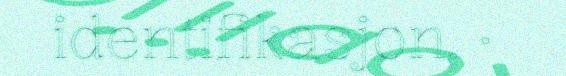
identifikasjon. ·